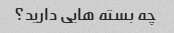
چه بسته هایی دارید؟